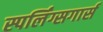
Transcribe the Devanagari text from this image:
स्पर्लिंग्सगार्स